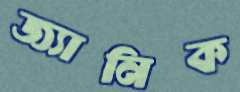
জ্যানিক